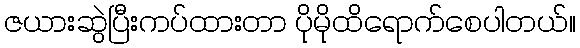
ဇယားဆွဲပြီးကပ်ထားတာ ပိုမိုထိရောက်စေပါတယ်။